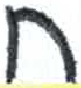
אות: ח